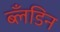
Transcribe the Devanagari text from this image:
ब्लँडिन